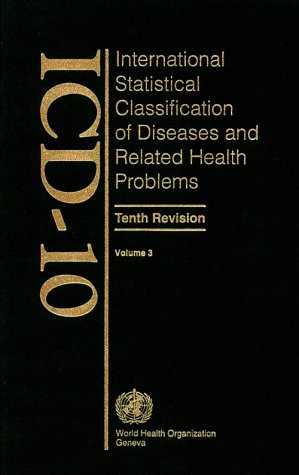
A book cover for Icd-10: International Statistical Classification of Diseases and Related Health Problems : Alphabetical Index; WHO; Medical Books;